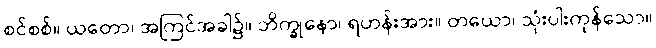
စင်စစ်။ ယတော၊ အကြင်အခါ၌။ ဘိက္ခုနော၊ ရဟန်းအား။ တယော၊ သုံးပါးကုန်သော။